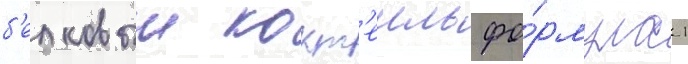
б'елковыи кокт'еиль фо́рмула 1